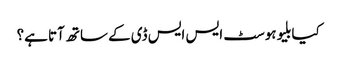
کیا بلیوہوسٹ ایس ایس ڈی کے ساتھ آتا ہے؟